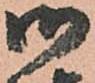
御